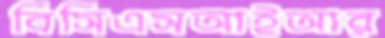
বিসিএসআইআর